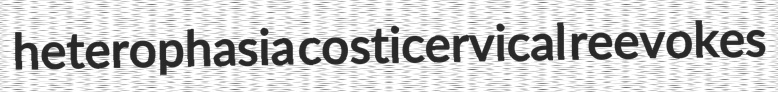
heterophasia costicervical reevokes